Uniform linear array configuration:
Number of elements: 12
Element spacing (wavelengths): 1
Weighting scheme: blackman
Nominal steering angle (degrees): -15
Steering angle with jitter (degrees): -16.591
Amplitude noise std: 0.05
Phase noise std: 0.05

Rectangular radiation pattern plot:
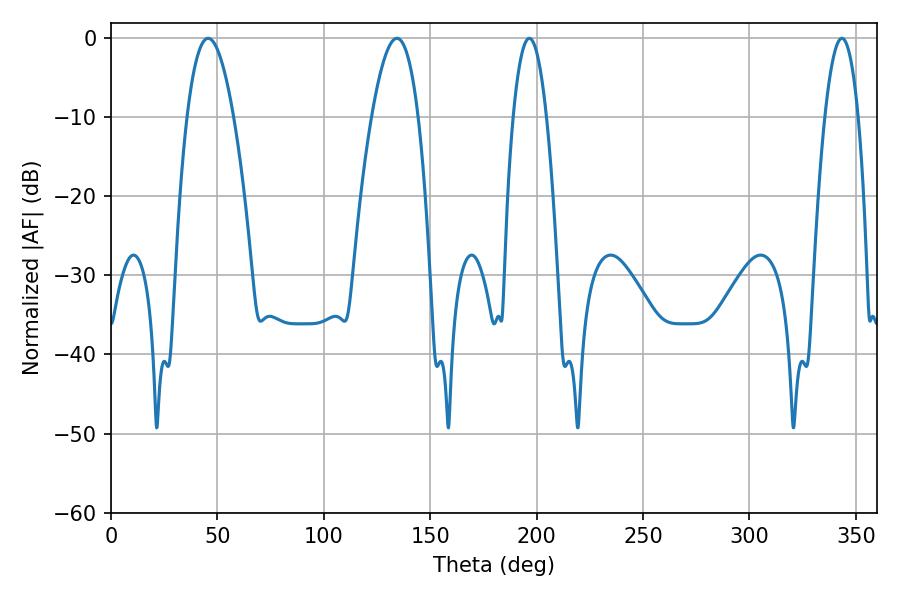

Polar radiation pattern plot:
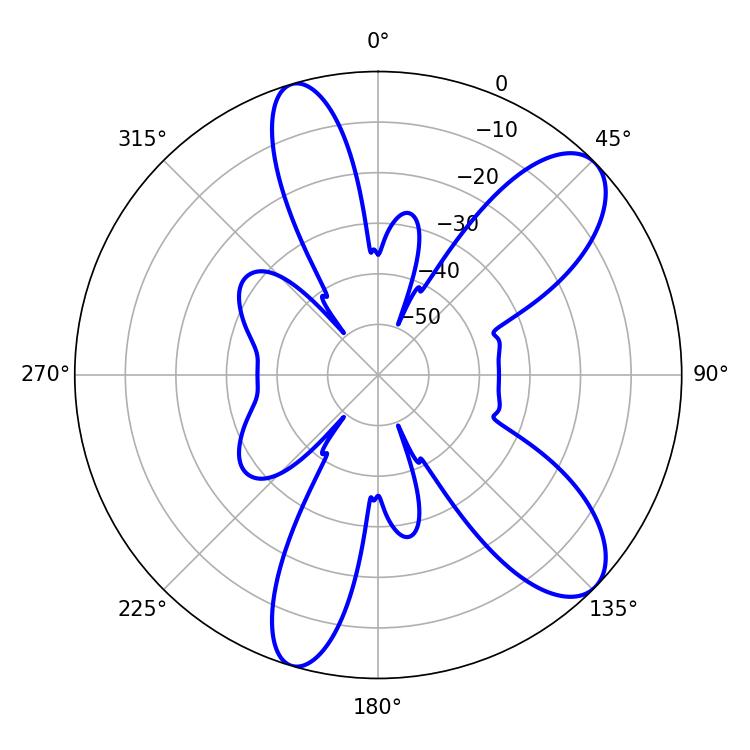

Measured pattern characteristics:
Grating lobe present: TRUE
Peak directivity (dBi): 9.391
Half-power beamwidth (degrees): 8.64
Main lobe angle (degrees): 196.56